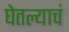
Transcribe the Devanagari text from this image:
घेतल्याचं